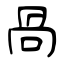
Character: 咼